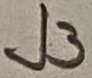
Text: J3